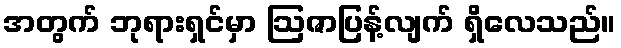
အတွက် ဘုရားရှင်မှာ ဩဇာပြန့်လျက် ရှိလေသည်။